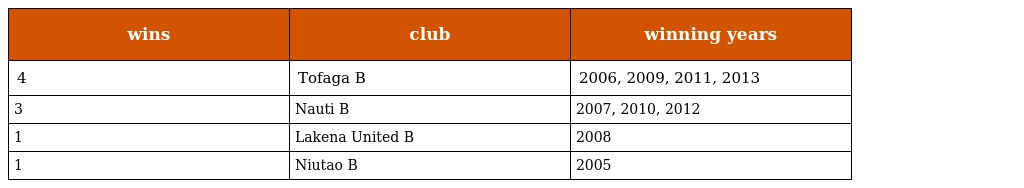
| wins | club | winning years |
 | --- | --- | --- |
 | 4 | Tofaga B | 2006, 2009, 2011, 2013 |
 | 3 | Nauti B | 2007, 2010, 2012 |
 | 1 | Lakena United B | 2008 |
 | 1 | Niutao B | 2005 |